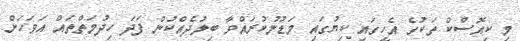
މި ކިއޮސްކް ތަކުގެ އެހީގައި ކިޔުގައި މަޑުނުކުރައްވާ ބިލުދެއްކުން ފަދަ ހިދުމަތްތައް އަވަހަށް